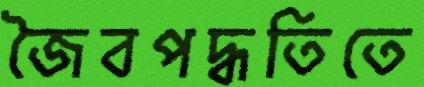
জৈবপদ্ধতিতে